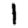
Digit: 1